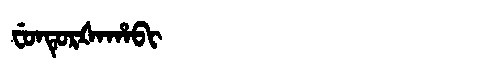
Manchu: ᠸᡠᠨᡨᡠᡵᡧᠠᡥᠠᠪᡳ
Romanization: FUNTURŠAHABI